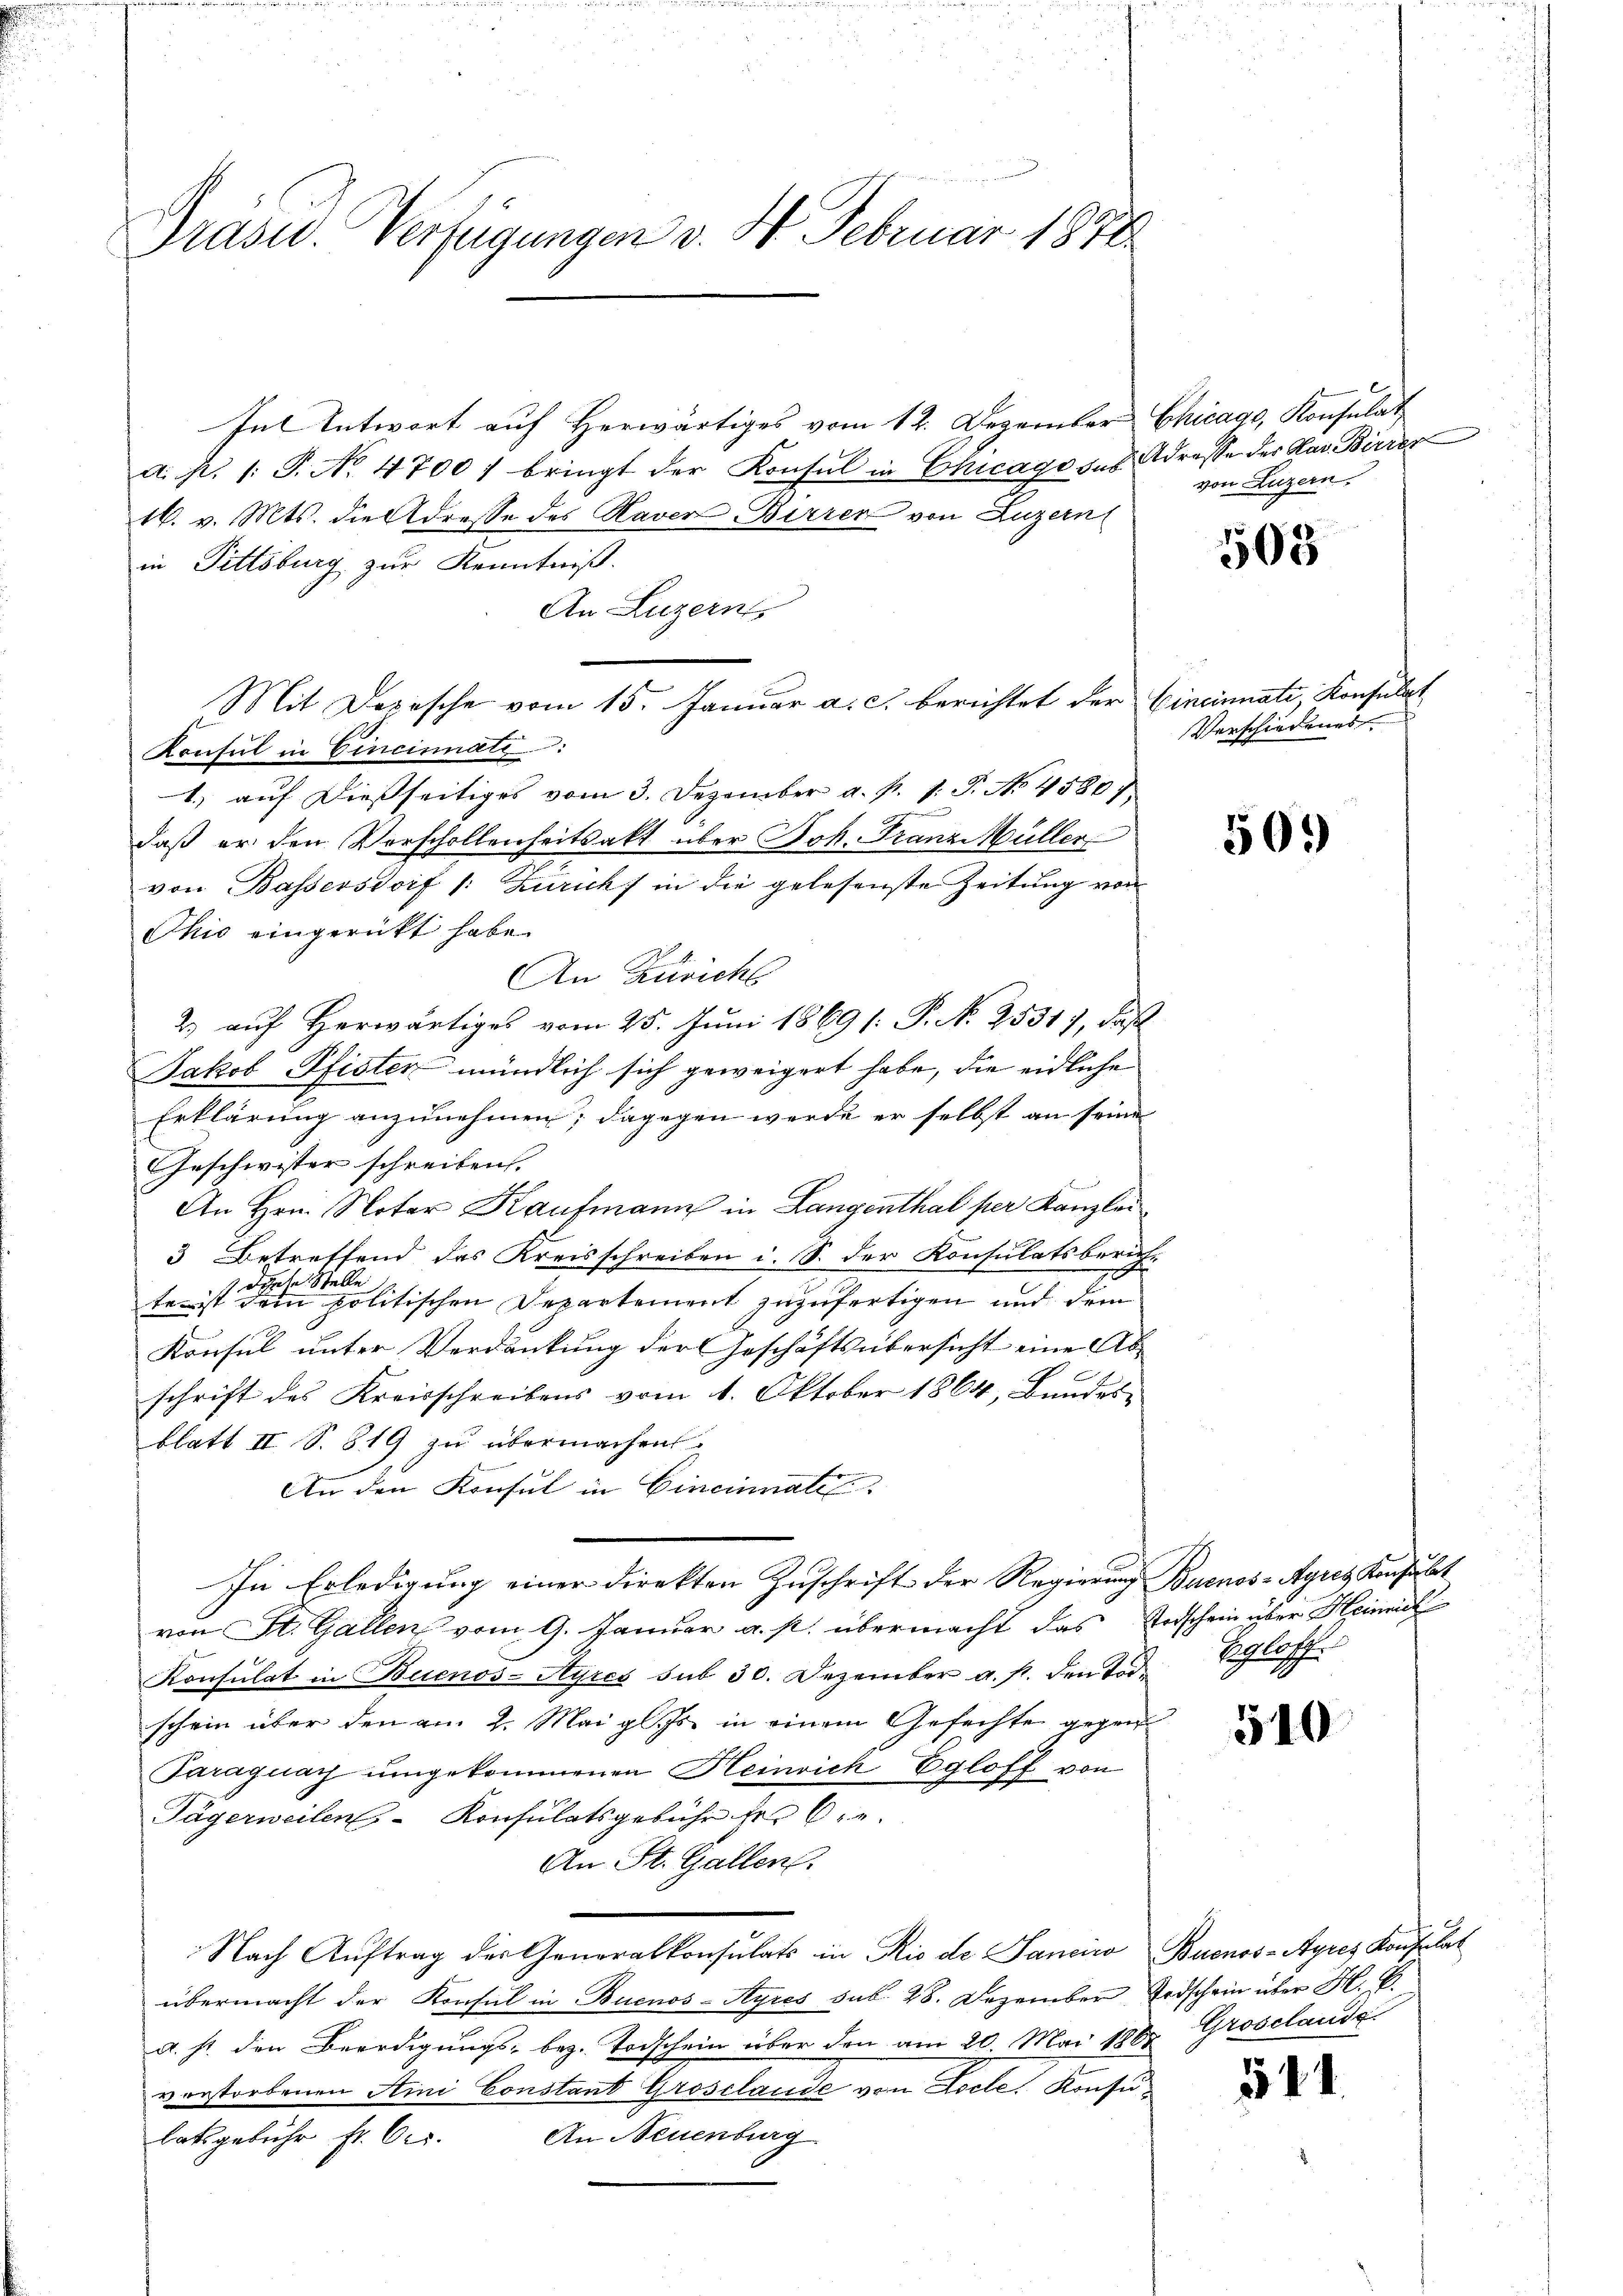
Präsid. Verfügungen v. 4. Februar 1878

In Antwort auf Herwärtiges vom 12. Dezember Chicago, Konsulat
a. p. 1. P. No. 4700 / bringt der Konsul in Chicage des Adresse der Mad. Birier
16. v. Mts. die Adresse des Haver Birren von Luzern
in Pittsburg zur Kenntniß.
An Luzern,
Mit Depische vom 15. Januar a. c. berichtet der Cincinnati, Konsulat
Konsul in Cincinnate
1.) auf dießseitiges vom 3. Dezember a. p. 1. P. No 4580
daß er den Vorschollenheitsakt über Joh. Franz Müller
von Bassersdorf 1: Zuricht in die gelesenste Zeitung von
Chio eingerückt habe.
An Züricht
2) auf Herwärtiges vom 25. Juni 1869 [: P. N. 2531), daß
Jakob Pfister mündlich sich geweigert habe, die eidliche
Erklärung anzunehmen; dagegen werde er selbst an seine
Geschwister schreiben.
An Hrn. Notar Kaufmann in Langenthal per Kanzlei
3 Betreffend das Kreisschreiben i. S. der Konsulatsberich-
 diese Stelle
te ist dem politischen Departement zuzufertigen und dem
Konsul unter Verdankung der Geschäftsübersicht eine Abschrift des Kreisschreibens vom 1. Oktober 1864, Bundesblatt II S. 819 zu übermachen.
An den Konsul in Eineinmal
In Erledigŭng einer direkten Zŭschrift der Regierŭng Buenos-Ayres Konsŭbet
von St. Gallen vom 9. Januar a. p. übermacht das Vorschein über Heinrich
Konsulat in Buenos-Ayres sub 30. Dezember a. p. den Tod. Egloff
schein über den am 2. Mai gl. Js. in einem Gefechte gegen
Paraguay ŭmgekommenen Heinrich Egloff von
Tägerweilen Konsulatsgebühr der 6.
An St. Gallen.
Nach Auftrag der Generalkonsulats in Rio de Sanciwo Buenos-Ayres Konsulat
übermacht der Konsul in Buenos-Ayres sub. 28. Dezember Todschein über H. B.
A. st. den Beerdigungs- bez. Todschein über den am 20. Mai 1867 Grosclaude
vorstorbenen Aini Constant Groselande von Loche. Konsu¬
An Neuenburg
batsgebühr fr. bes

von Luzern.

503

Verschiedenes

509

510

544.